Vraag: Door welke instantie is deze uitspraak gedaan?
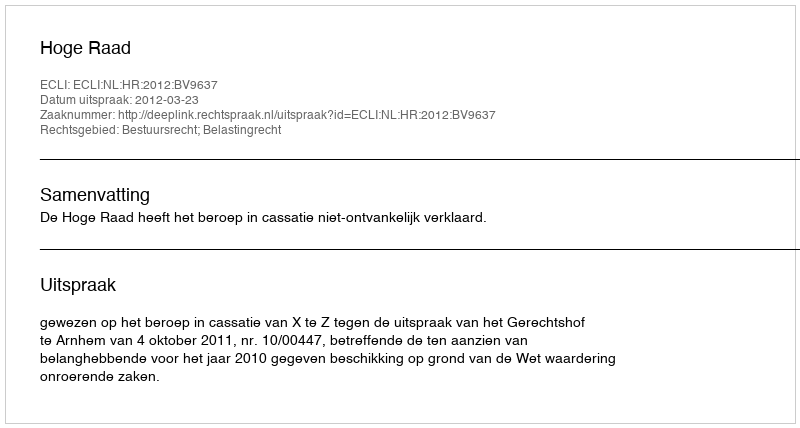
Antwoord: Hoge Raad